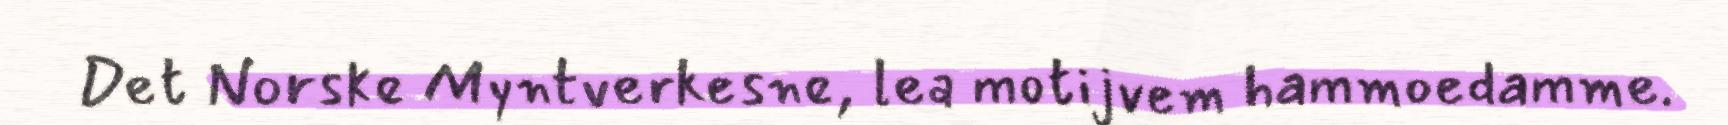
Det Norske Myntverkesne, lea motijvem hammoedamme.